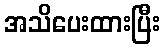
အသိပေးထားပြီး